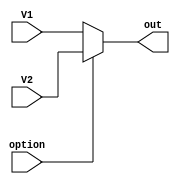
module MUX_5(V1, V2, option, out);
	input [4:0] V1;
	input [4:0] V2;
	input option;
	output reg [4:0]out;
	
	always @ (V1 or V2) begin
		if(option == 0) begin
			out = V1;
		end else begin
			out = V2;
		end
	end
	
endmodule